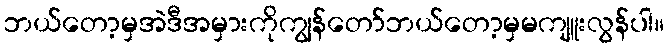
ဘယ်တော့မှအဲဒီအမှားကိုကျွန်တော်ဘယ်တော့မှမကျူးလွန်ပါ။